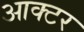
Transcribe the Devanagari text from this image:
आक्टर